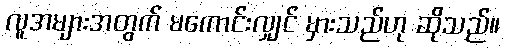
လူအများအတွက် မကောင်းလျှင် မှားသည်ဟု ဆိုသည်။